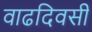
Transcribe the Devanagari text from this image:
वाढदिवसी